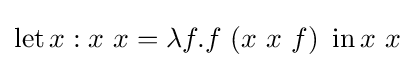
\operatorname {let} x:x\ x=\lambda f.f\ (x\ x\ f)\ \operatorname {in} x\ x